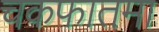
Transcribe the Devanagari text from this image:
चकफातमा